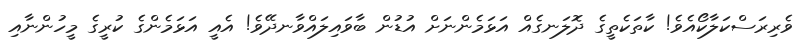
ވެރިރަސްކަލާކޯއެވެ! ކާތަކެތީގެ ދޮލަނގެއް އަޅަމެންނަށް އުޑުން ބާވައިލައްވާނދޭވެ! އެއީ އަޅަމެންގެ ކުރީގެ މީހުންނާއި